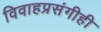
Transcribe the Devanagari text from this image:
विवाहप्रसंगीही